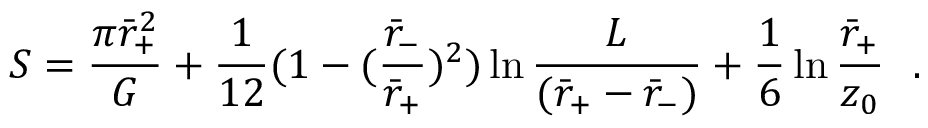
S = { \frac { \pi \bar { r } _ { + } ^ { 2 } } { G } } + { \frac { 1 } { 1 2 } } ( 1 - ( { \frac { \bar { r } _ { - } } { \bar { r } _ { + } } } ) ^ { 2 } ) \ln { \frac { L } { ( \bar { r } _ { + } - \bar { r } _ { - } ) } } + { \frac { 1 } { 6 } } \ln { \frac { \bar { r } _ { + } } { z _ { 0 } } } ~ ~ .